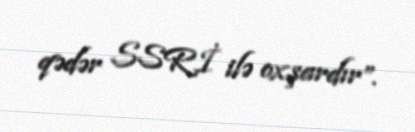
qədər SSRİ ilə oxşardır”.